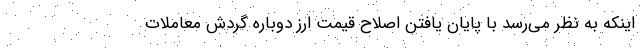
اینکه به نظر می‌رسد با پایان یافتن اصلاح قیمت ارز دوباره گردش معاملات